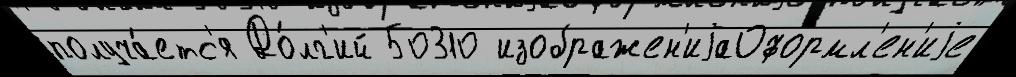
получа́етс'я До́лг'ий 50310 изображен'иjаОформл'ен'иjе